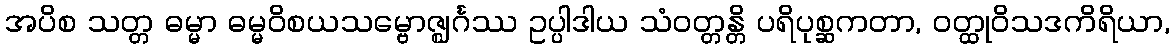
အပိစ သတ္တ ဓမ္မာ ဓမ္မဝိစယသမ္ဗောဇ္ဈင်္ဂဿ ဥပ္ပါဒါယ သံဝတ္တန္တိ ပရိပုစ္ဆကတာ, ဝတ္ထုဝိသဒကိရိယာ,